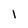
Character: 1